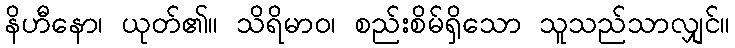
နိဟီနော၊ ယုတ်၏။ သိရိမာဝ၊ စည်းစိမ်ရှိသော သူသည်သာလျှင်။